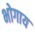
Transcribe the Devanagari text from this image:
भोगाय